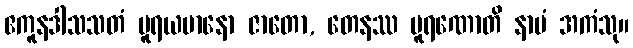
ဧကူနဒါသသတံ ပူရယမာနော ဇာတော, တေနဿ ပူရဏောတိ နာမံ အကံသု။